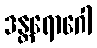
ဒန္တရောဂေါ